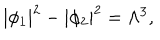
LaTeX: | \phi _ { 1 } | ^ { 2 } - | \phi _ { 2 } | ^ { 2 } = \Lambda ^ { 3 } , \qquad